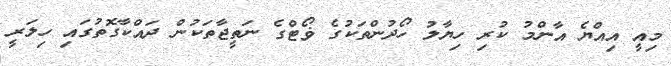
މިއީ އިއްޔެ އާންމު ކުރި ހިޔާލު ހޯދުންތަކުގެ ޥޯޓްގެ ނަތީޖާތަކުން ދައްކާގޮތުގައި ހިލަރީ